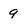
Character: 9